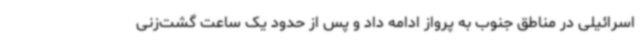
اسرائیلی در مناطق جنوب به پرواز ادامه داد و پس از حدود یک ساعت گشت‌زنی